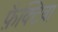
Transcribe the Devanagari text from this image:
फ़ैक्टिवा